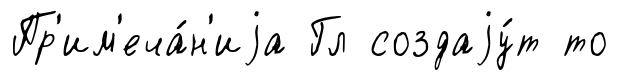
Пр'им'еча́н'иjа Гл создаjу́т то